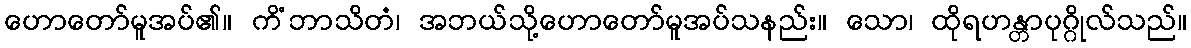
ဟောတော်မူအပ်၏။ ကိံဘာသိတံ၊ အဘယ်သို့ဟောတော်မူအပ်သနည်း။ သော၊ ထိုရဟန္တာပုဂ္ဂိုလ်သည်။